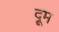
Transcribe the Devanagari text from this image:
दूूम